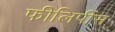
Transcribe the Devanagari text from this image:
फीलिपींस